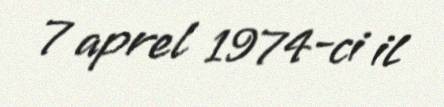
7 aprel 1974-ci il